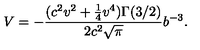
V = - \frac { ( c ^ { 2 } v ^ { 2 } + \frac { 1 } { 4 } v ^ { 4 } ) \Gamma ( 3 / 2 ) } { 2 c ^ { 2 } \sqrt { \pi } } b ^ { - 3 } .